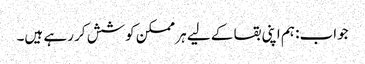
جواب: ہم اپنی بقا کے لیے ہر ممکن کوشش کر رہے ہیں۔